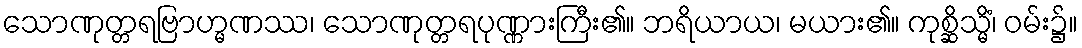
သောဏုတ္တရဗြာဟ္မဏဿ၊ သောဏုတ္တရပုဏ္ဏားကြီး၏။ ဘရိယာယ၊ မယား၏။ ကုစ္ဆိသ္မိံ၊ ဝမ်း၌။